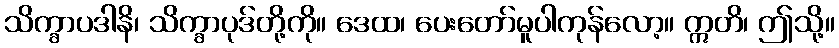
သိက္ခာပဒါနိ၊ သိက္ခာပုဒ်တို့ကို။ ဒေထ၊ ပေးတော်မူပါကုန်လော့။ ဣတိ၊ ဤသို့။